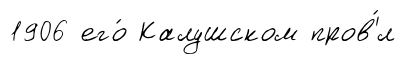
1906 его́ Калушском пров'́л